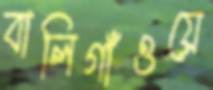
বালিগাঁওয়ে